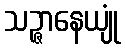
သဉ္ဇာနေယျုံ